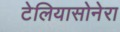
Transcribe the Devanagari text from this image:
टेलियासोनेरा